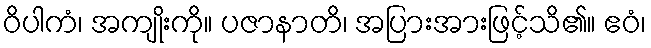
ဝိပါကံ၊ အကျိုးကို။ ပဇာနာတိ၊ အပြားအားဖြင့်သိ၏။ ဧဝံ၊